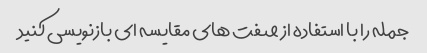
جمله را با استفاده از صفت های مقایسه ای بازنویسی کنید